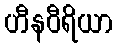
ဟီနဝီရိယာ